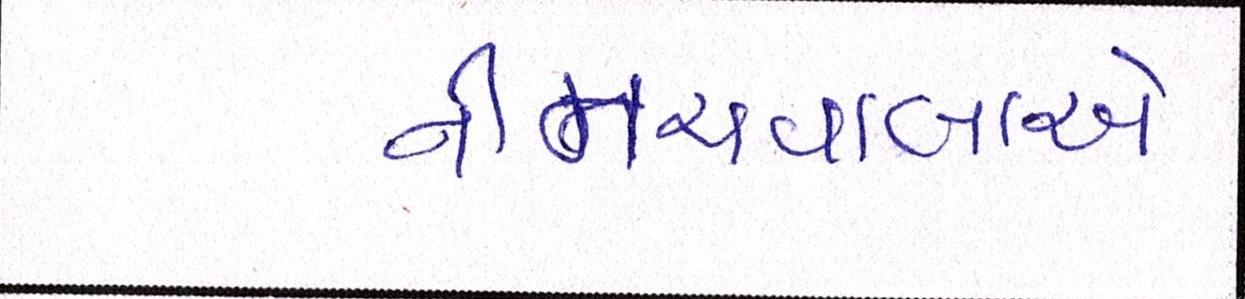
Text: નીમચવાલાએ